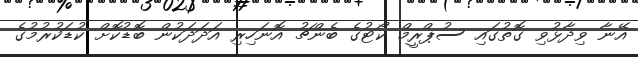
އޭނާ ވިދާޅުވި ގޮތުގައި ސުޕްރީމް ކޯޓުގެ ބެންޗު އޮނަހިރި އަދަދަކުން ބޮޑުކޮށް ކުޑަކުރުމުގެ